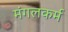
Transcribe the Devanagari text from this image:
मंगलकर्म